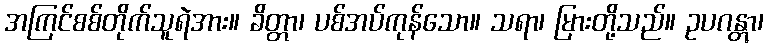
အကြင်စစ်တိုက်သူရဲအား။ ခိတ္တာ၊ ပစ်အပ်ကုန်သော။ သရာ၊ မြားတို့သည်။ ဥပဂန္တွာ၊